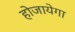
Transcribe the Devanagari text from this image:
होजायेगा